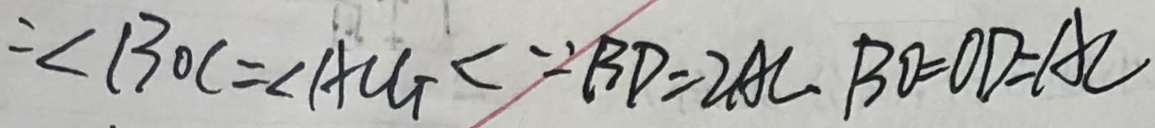
: \angle B O C = \angle A C G < \because B D = 2 A C \cdot B O = O D = A C